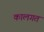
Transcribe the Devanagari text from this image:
कालगत